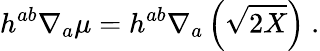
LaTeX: h^{ab}\nabla_{a}\mu=h^{ab}\nabla_{a}\left(\sqrt{2X}\right)~.